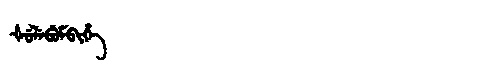
Manchu: ᡧᡠᠯᡝᠪᡠᠮᠪᡳᡥᡝ
Romanization: ŠULEBUMBIHE